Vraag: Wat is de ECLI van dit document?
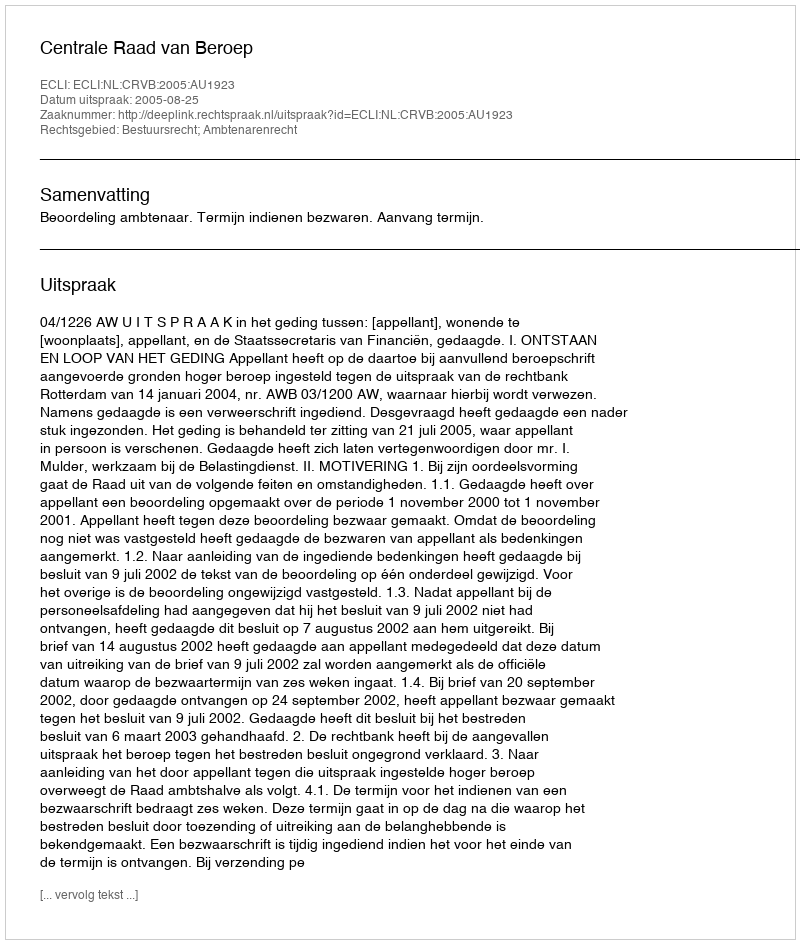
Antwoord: ECLI:NL:CRVB:2005:AU1923